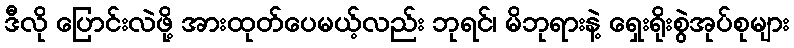
ဒီလို ပြောင်းလဲဖို့ အားထုတ်ပေမယ့်လည်း ဘုရင်၊ မိဘုရားနဲ့ ရှေးရိုးစွဲအုပ်စုများ